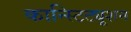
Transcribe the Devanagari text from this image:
कान्स्टिट्यूशन